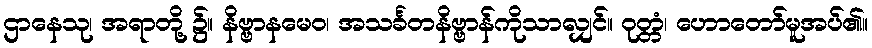
ဌာနေသု၊ အရာတို့ ၌။ နိဗ္ဗာနမေဝ၊ အသင်္ခတနိဗ္ဗာန်ကိုသာလျှင်။ ဝုတ္တံ၊ ဟောတော်မူအပ်၏။